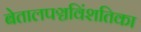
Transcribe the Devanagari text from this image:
बेतालपञ्चविंशतिका